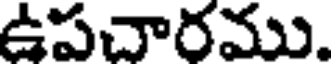
ఉపచారము.